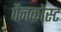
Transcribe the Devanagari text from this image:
पैनकोस्ट